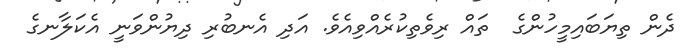
ދެން ތިޔަބައިމީހުންގެ  ތައް ރިވެތިކުރެއްވިއެވެ. އަދި އެނބުރި ދިޔުންވަނީ އެކަލާނގެ